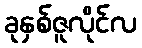
ခုနှစ်ဇူလိုင်လ